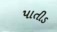
પાતીડ